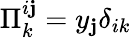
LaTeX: \Pi_{k}^{i\mathbf{j}}=y_{\mathbf{j}}\delta_{ik}